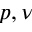
p , \nu